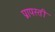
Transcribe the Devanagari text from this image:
प्रापस्ती